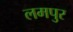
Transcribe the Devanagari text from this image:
लमपुर